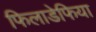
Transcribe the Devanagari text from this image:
फिलाडेफिया